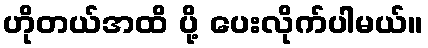
ဟိုတယ်အထိ ပို့ ပေးလိုက်ပါမယ်။